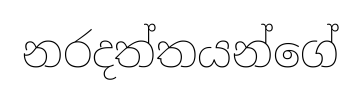
නරදත්තයන්ගේ